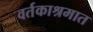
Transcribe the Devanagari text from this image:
वर्तकाश्रमात